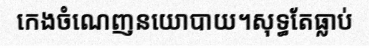
កេងចំណេញនយោបាយ។សុទ្ធតែធ្លាប់